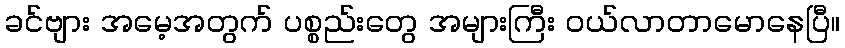
ခင်ဗျား အမေ့အတွက် ပစ္စည်းတွေ အများကြီး ဝယ်လာတာမောနေပြီ။